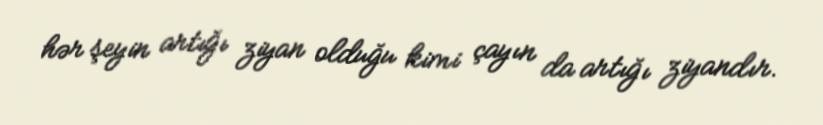
hər şeyin artığı ziyan olduğu kimi çayın da artığı ziyandır.